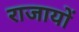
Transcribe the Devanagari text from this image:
राजायों